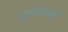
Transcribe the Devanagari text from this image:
दूरदर्शीपणाची